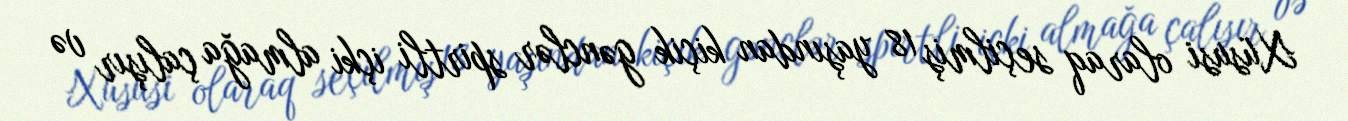
Xüsusi olaraq seçilmiş 18 yaşından kiçik gənclər spirtli içki almağa çalışır və